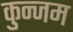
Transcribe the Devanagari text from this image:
कुन्जम